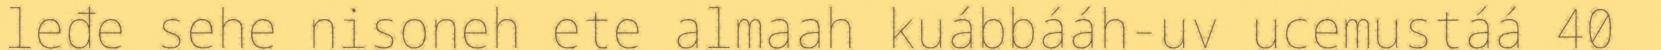
leđe sehe nisoneh ete almaah kuábbááh-uv ucemustáá 40